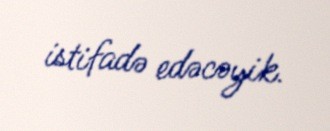
istifadə edəcəyik.